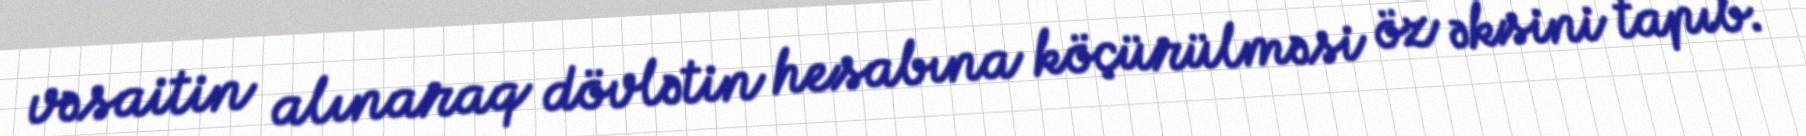
vəsaitin alınaraq dövlətin hesabına köçürülməsi öz əksini tapıb.